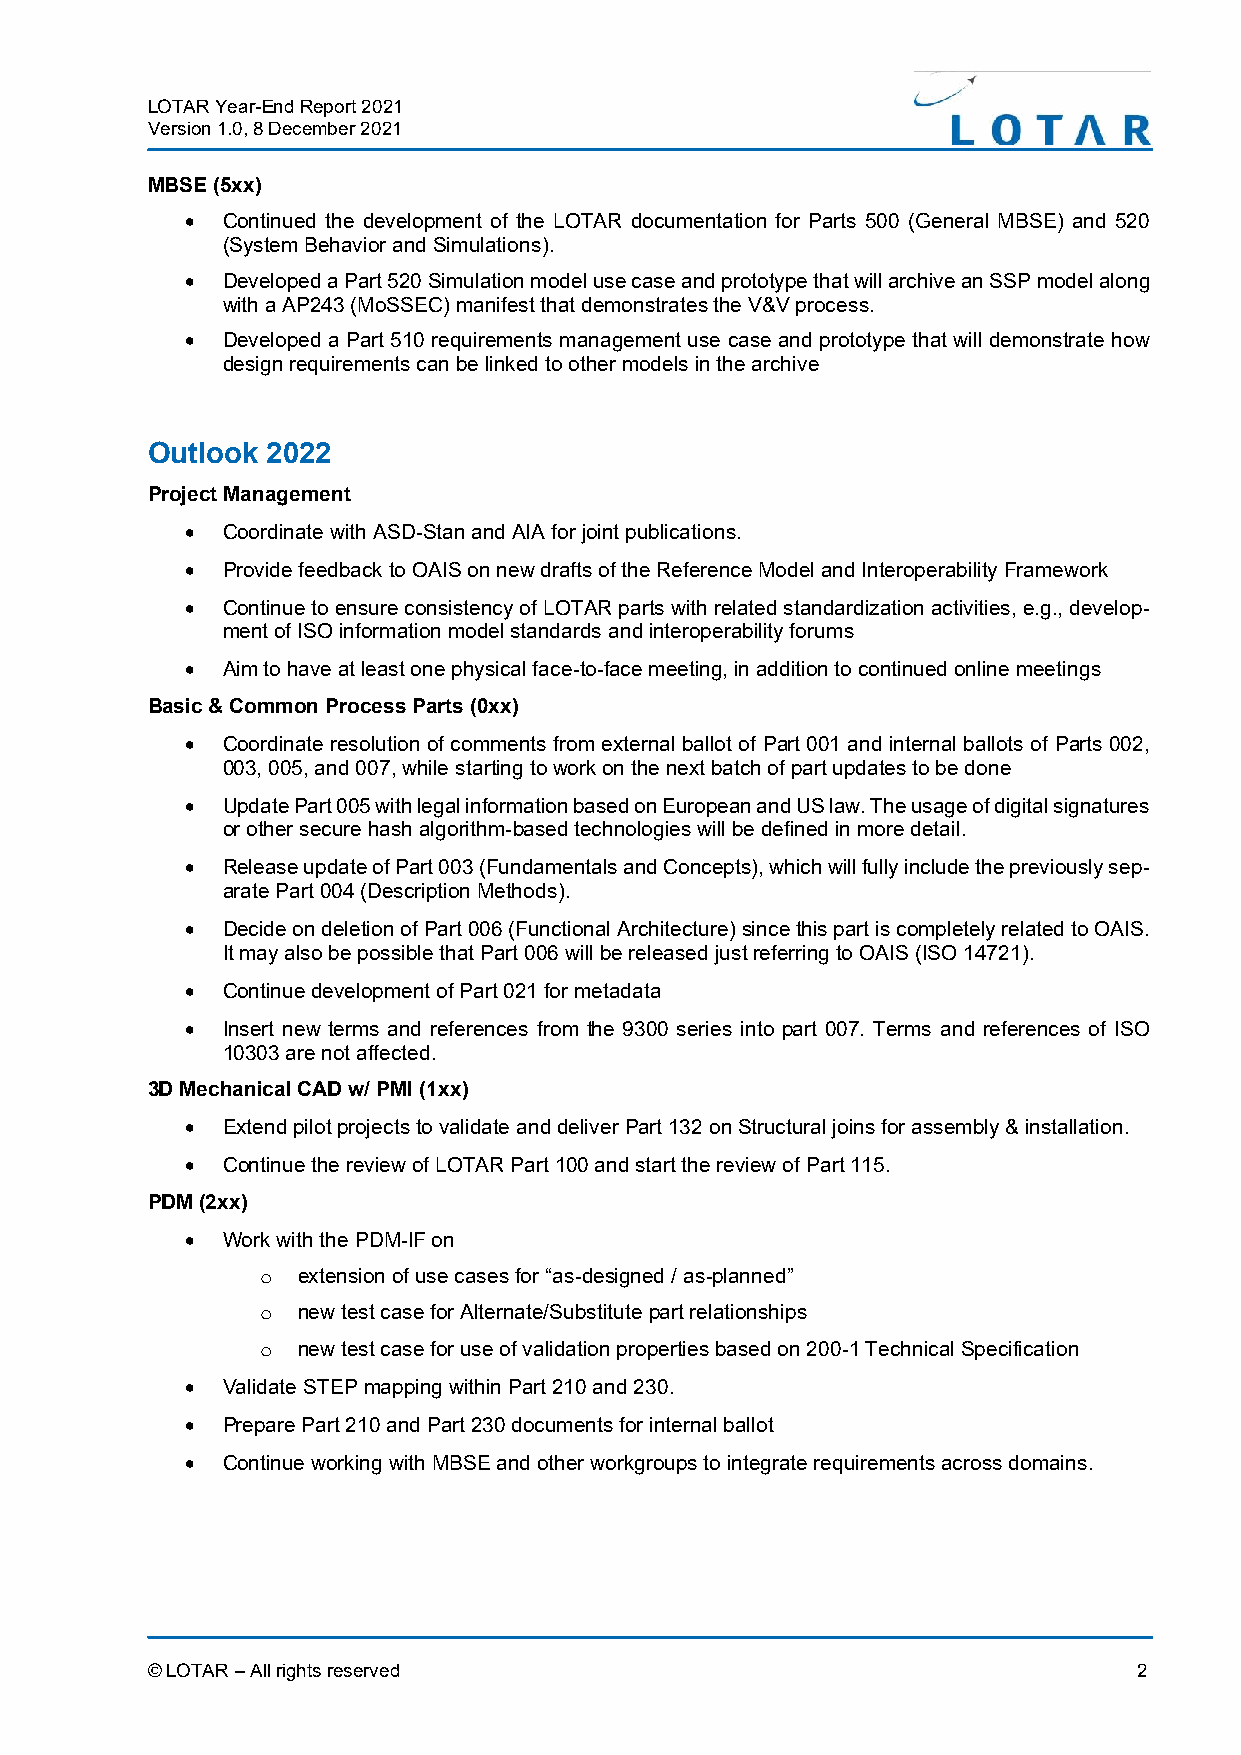
LOTAR Year-End Report 2021
 Version 1.0, 8 December 2021
 MBSE (5xx)
 •  Continued the development of the LOTAR documentation for Parts 500 (General MBSE) and 520
 (System Behavior and Simulations).
 •  Developed a Part 520 Simulation model use case and prototype that will archive an SSP model along
 with a AP243 (MoSSEC) manifest that demonstrates the V&V process.
 •  Developed a Part 510 requirements management use case and prototype that will demonstrate how
 design requirements can be linked to other models in the archive
 Outlook 2022
 Project Management
 •  Coordinate with ASD-Stan and AIA for joint publications.
 •  Provide feedback to OAIS on new drafts of the Reference Model and Interoperability Framework
 •  Continue to ensure consistency of LOTAR parts with related standardization activities, e.g., develop-
 ment of ISO information model standards and interoperability forums
 •  Aim to have at least one physical face-to-face meeting, in addition to continued online meetings
 Basic & Common Process Parts (0xx)
 •  Coordinate resolution of comments from external ballot of Part 001 and internal ballots of Parts 002,
 003, 005, and 007, while starting to work on the next batch of part updates to be done
 •  Update Part 005 with legal information based on European and US law. The usage of digital signatures
 or other secure hash algorithm-based technologies will be defined in more detail.
 •  Release update of Part 003 (Fundamentals and Concepts), which will fully include the previously sep-
 arate Part 004 (Description Methods).
 •  Decide on deletion of Part 006 (Functional Architecture) since this part is completely related to OAIS.
 It may also be possible that Part 006 will be released just referring to OAIS (ISO 14721).
 •  Continue development of Part 021 for metadata
 •  Insert new terms and references from the 9300 series into part 007. Terms and references of ISO
 10303 are not affected.
 3D Mechanical CAD w/ PMI (1xx)
 •  Extend pilot projects to validate and deliver Part 132 on Structural joins for assembly & installation.
 •  Continue the review of LOTAR Part 100 and start the review of Part 115.
 PDM (2xx)
 •  Work with the PDM-IF on
 extension of use cases for “as-designed / as-planned”
 o
 new test case for Alternate/Substitute part relationships
 o
 new test case for use of validation properties based on 200-1 Technical Specification
 o
 •  Validate STEP mapping within Part 210 and 230.
 •  Prepare Part 210 and Part 230 documents for internal ballot
 •  Continue working with MBSE and other workgroups to integrate requirements across domains.
 © LOTAR – All rights reserved                                    2